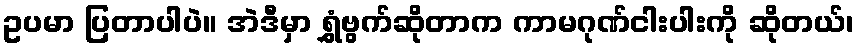
ဥပမာ ပြတာပါပဲ။ အဲဒီမှာ ရွှံဗွက်ဆိုတာက ကာမဂုဏ်ငါးပါးကို ဆိုတယ်၊